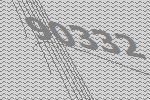
90332